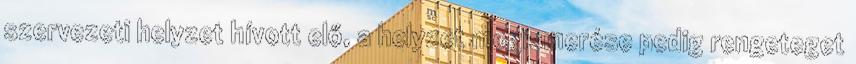
szervezeti helyzet hívott elő, a helyzet megismerése pedig rengeteget